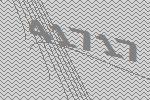
41717